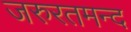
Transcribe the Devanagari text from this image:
जरुरतमन्द